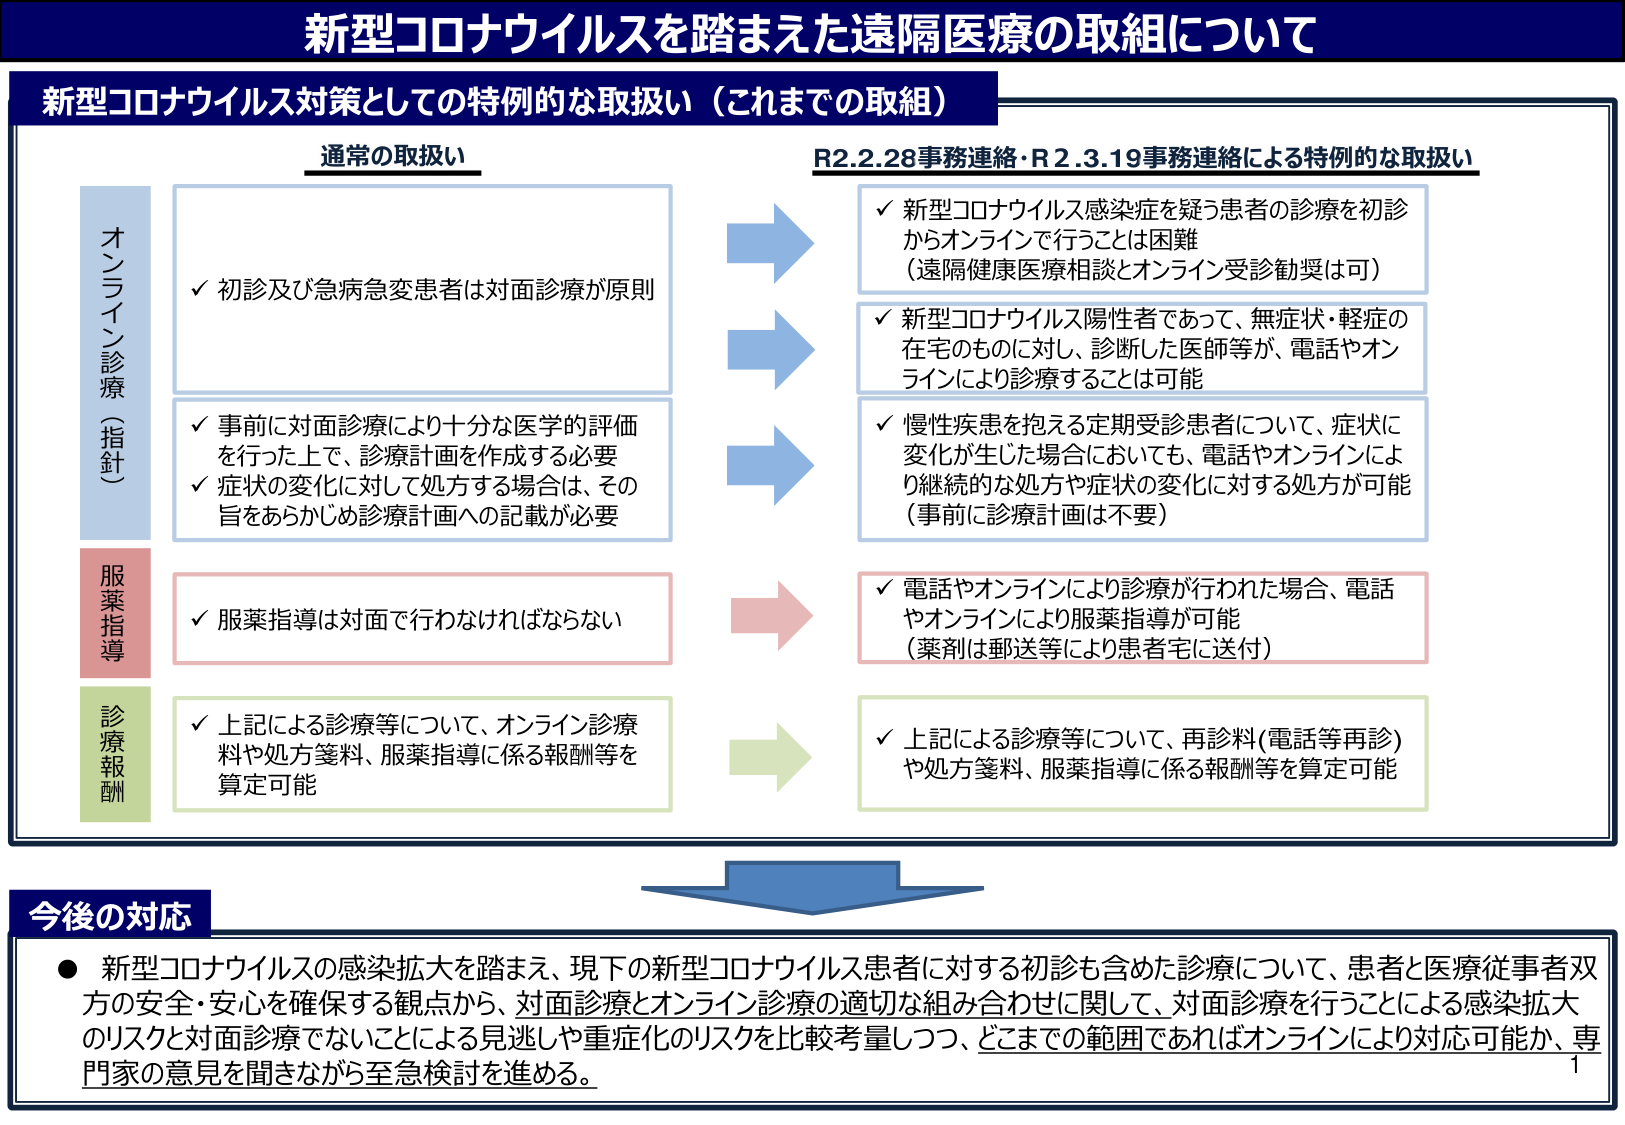
新型コロナウイルスを踏まえた遠隔医療の取組について

新型コロナウイルス対策としての特別的な取扱い（これまでの取組）

通常の取扱い

オンライン診療（指針）
✓ 初診及び急病急変患者は対面診療が原則
✓ 事前に対面診療により十分な医学的評価を行った上で、診療計画を作成する必要
✓ 症状の変化に対して処方する場合は、その旨をあらかじめ診療計画への記載が必要

服薬指導
✓ 服薬指導は対面で行わなければならない

診療報酬
✓ 上記による診療等について、オンライン診療料や処方箋料、服薬指導に係る報酬等を算定可能

R2.2.28事務連絡・R2.3.19事務連絡による特別的な取扱い

✓ 新型コロナウイルス感染症を疑う患者の診療を初診からオンラインで行うことは困難（遠隔健康医療相談とオンライン受診勧奨は可）
✓ 新型コロナウイルス陽性者であって、無症状・軽症の在宅のものに対し、診断した医師等が、電話やオンラインにより診療することは可能
✓ 慢性疾患を抱える定期受診患者について、症状に変化が生じた場合においても、電話やオンラインにより継続的な処方や症状の変化に対する処方が可能（事前に診療計画は不要）

✓ 電話やオンラインにより診療が行われた場合、電話やオンラインにより服薬指導が可能（薬剤は郵送等により患者宅に送付）

✓ 上記による診療等について、再診料（電話等再診）や処方箋料、服薬指導に係る報酬等を算定可能

今後の対応

● 新型コロナウイルスの感染拡大を踏まえ、現下の新型コロナウイルス患者に対する初診も含めた診療について、患者と医療従事者双方の安全・安心を確保する観点から、対面診療とオンライン診療の適切な組み合わせに関して、対面診療を行うことによる感染拡大のリスクと対面診療でないことによる見逃しや重症化のリスクを比較考量しつつ、どこまでの範囲であればオンラインにより対応可能か、専門家の意見を聞きながら至急検討を進める。

1